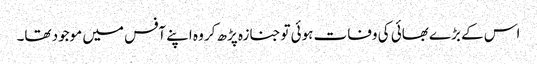
اس کے بڑے بھائی کی وفات ہوئی توجنازہ پڑھ کر وہ اپنے آفس میں موجود تھا۔